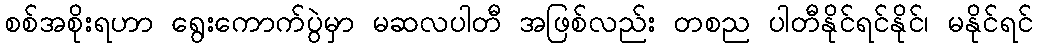
စစ်အစိုးရဟာ ရွေးကောက်ပွဲမှာ မဆလပါတီ အဖြစ်လည်း တစည ပါတီနိုင်ရင်နိုင်၊ မနိုင်ရင်